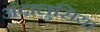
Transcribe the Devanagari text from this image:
अंदालुसिया